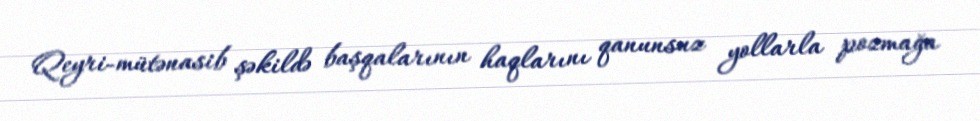
Qeyri-mütənasib şəkildə başqalarının haqlarını qanunsuz yollarla pozmağa